Trukikaitis_Postimees, lk 7
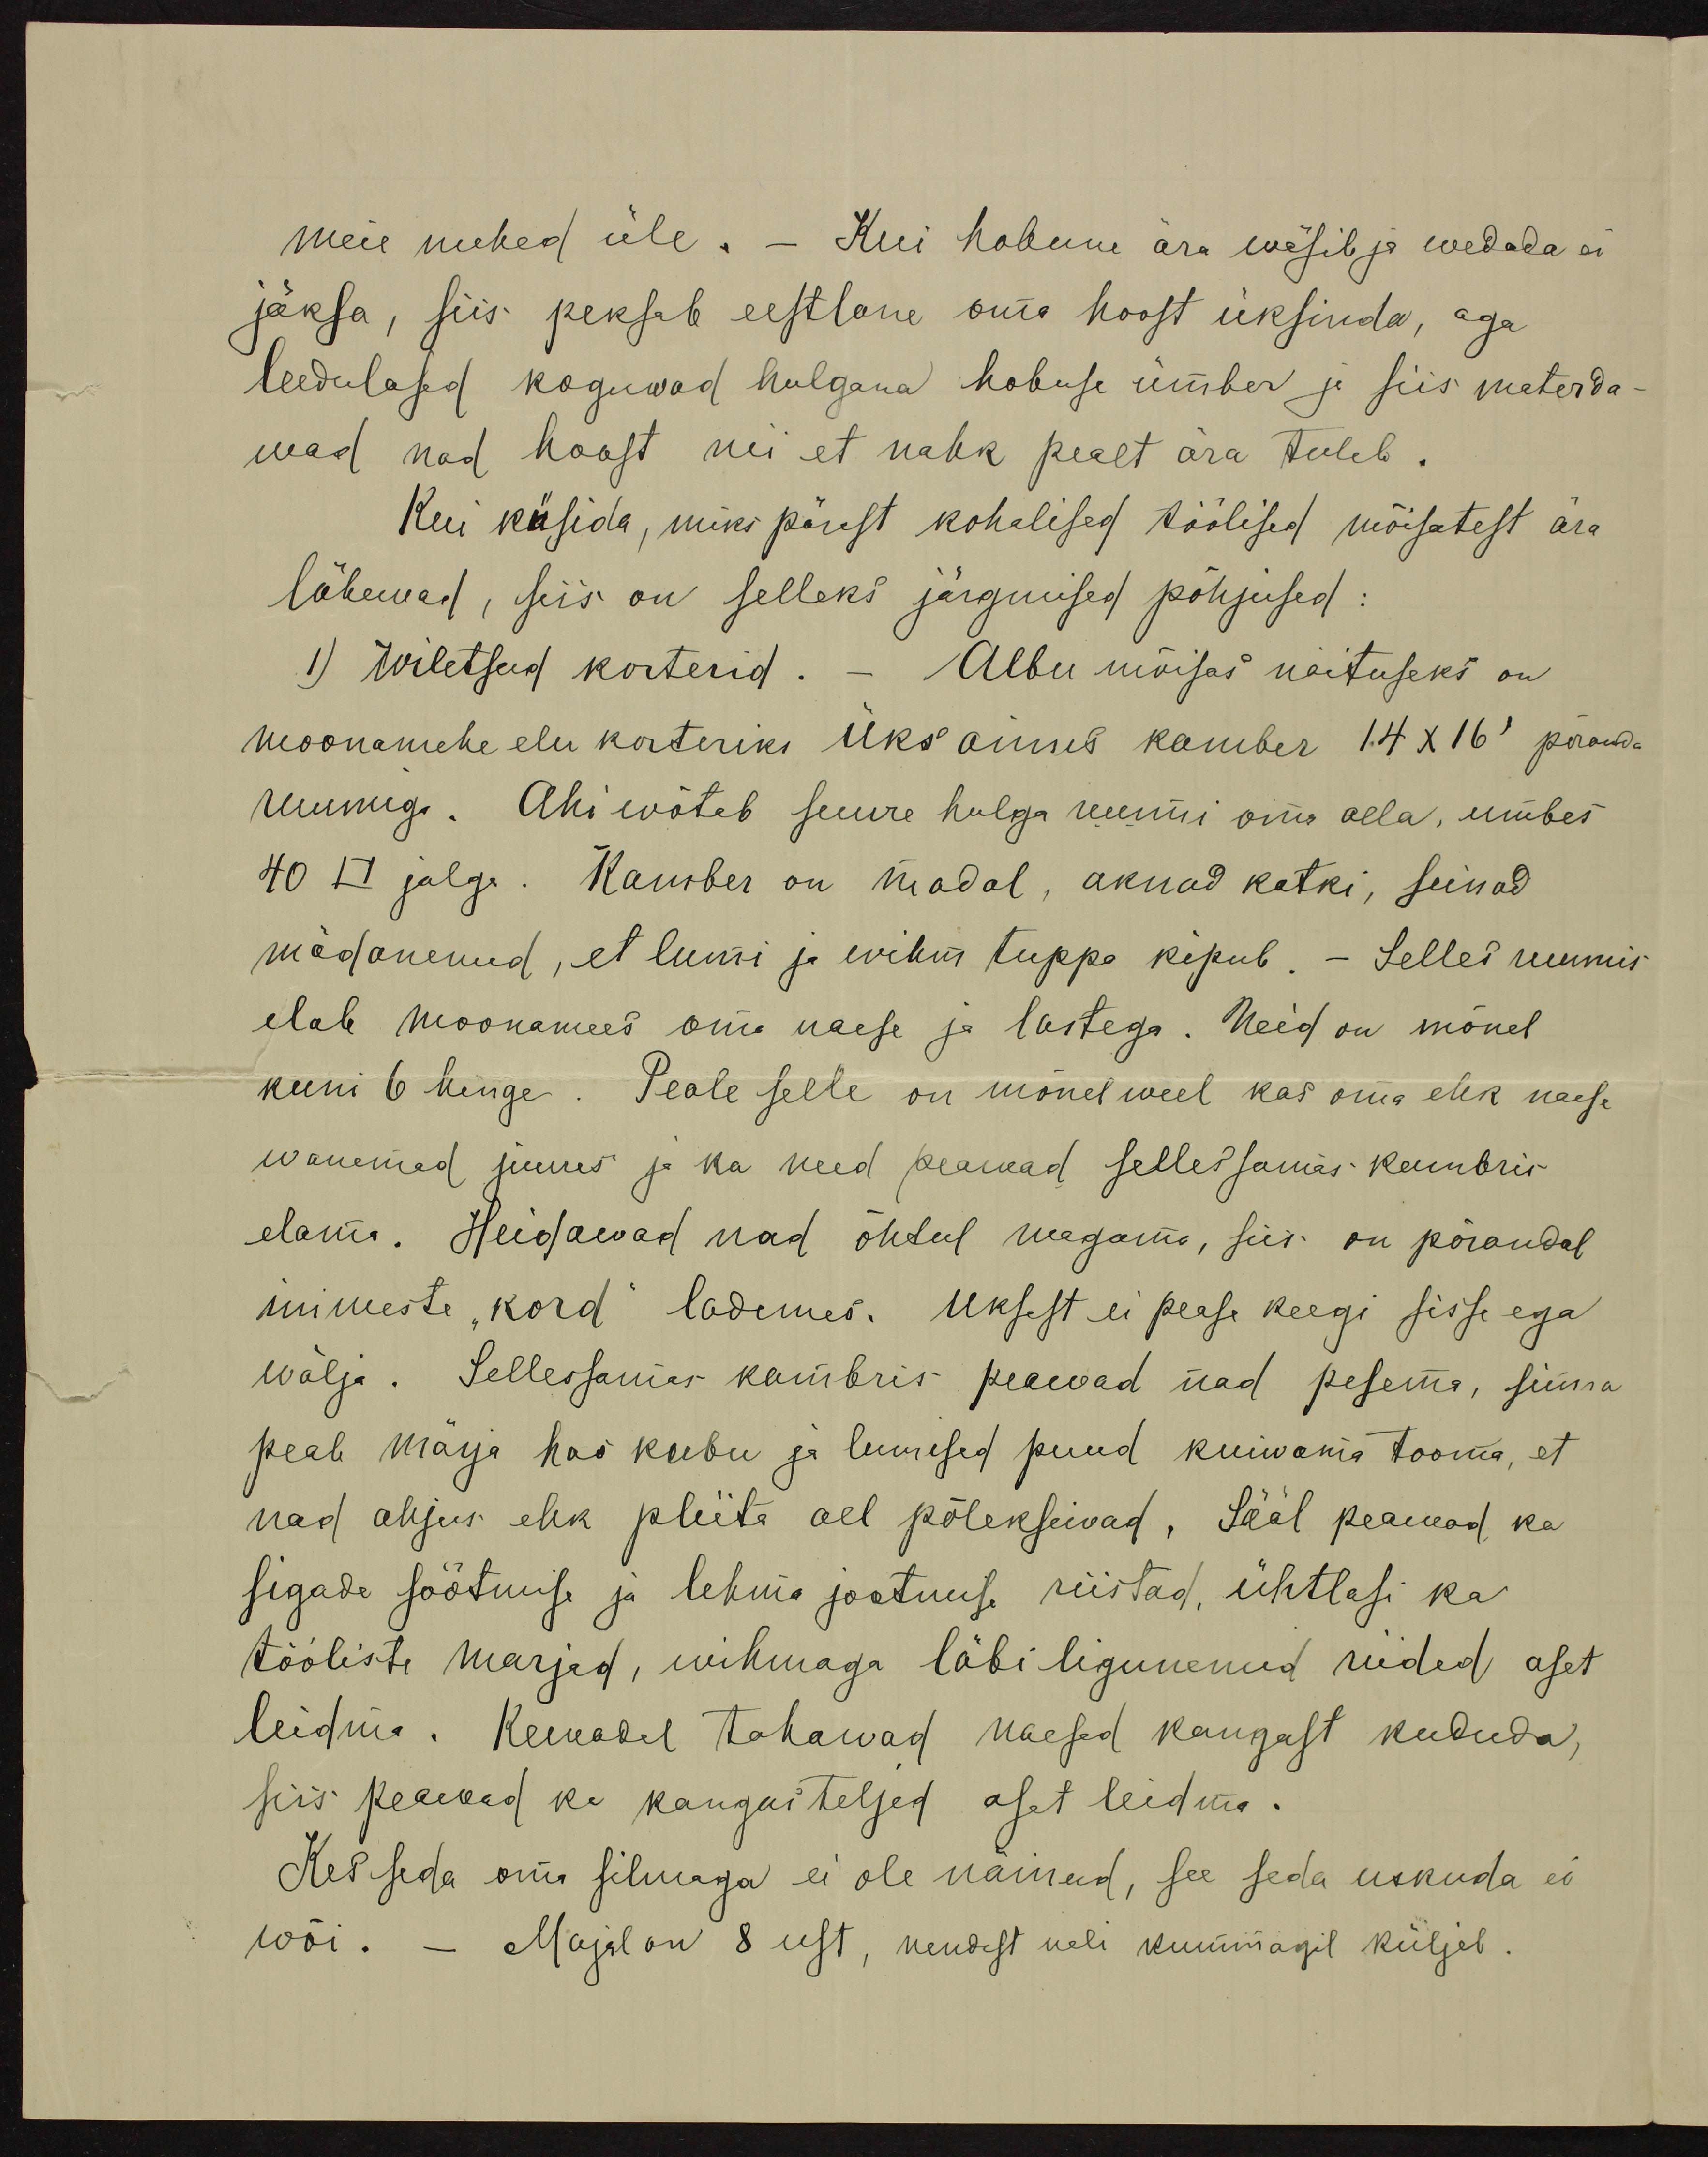
meie mehed üle. – Kui hobune ära wäsib ja wedada ei
jäksa, siis peksab eestlane oma hoost üksinda, aga
leedulased koguvad hulgana hobuse ümber ja siis materda-
wad nad hoost nii et nahk pealt ära tuleb.
Kui küsida, miks pärast kohalised töölised mõisatest ära
lähewad, siis on selleks järgmised põhjused:
1) Wiletsad korterid. - Albu mõisas näituseks on
moonamehe elu korteriks üks ainus kamber 14 X 16' põranda
ruumiga. Ahi wõtab suure hulga ruumi oma alla, umbes
40 □ jalga. Kamber on madal, aknad katki, seinad
mädanenud, et lumi ja wihm tuppa kipub. - Selles ruumis
elab moonamees oma naese ja lastega. Neid on mõnel
kuni 6 hinge. Peale selle on mõnel weel kas oma ehk naese
wanemad juures ja ka need peawad selles samas kambris
elama. Heidawad nad õhtul magama, siis on põrandal
inimeste "kord" lademes. Uksest ei pease keegi sisse ega
wälja. Sellessamas kambris peawad nad pesema, sinna
peab märja hao kubu ja lumised puud kuiwama tooma, et
nad ahjus ehk pliita all põleksiwad. Sääl peawad ka
sigade söötmise ja lehma jootmise riistad ühtlasi ka
tööliste marjad, wihmaga läbi ligunenud riided aset
leidma. Kewadel tahawad naesed kangast kududa,
siis peawad ka kangasteljed aset leidma.
Kes seda oma silmaga ei ole näinud, see seda uskuda ei
wõi. – Majal on 8 ust, nendest neli kummagil küljel.